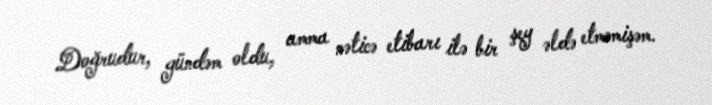
Doğrudur, gündəm oldu, amma nəticə etibarı ilə bir şey əldə etməmişəm.